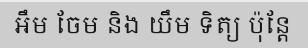
អឹម ចែម និង យឹម ទិត្យ ប៉ុន្តែ